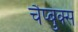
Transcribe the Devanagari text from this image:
चैप्बुक्स